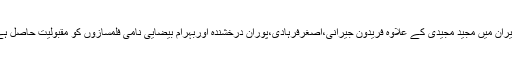
‘‘ایران میں مجید مجیدی کے علاوہ فریدون جیرانی،اصغرفرہادی،پوران درخشندہ اوربہرام بیضایی نامی فلمسازوں کو مقبولیت حاصل ہے۔